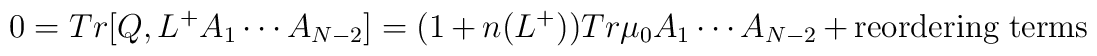
0 = Tr [Q, L^+ A_1 \cdots A_{N-2}]= (1+n(L^+)) Tr \mu_0  A_1 \cdots A_{N-2} +{\rm reordering \;  terms }